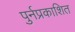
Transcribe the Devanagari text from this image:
पुर्नप्रकाशित